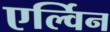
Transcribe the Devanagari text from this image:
एर्ल्विन